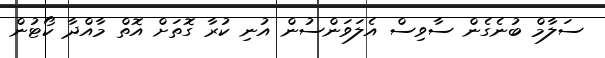
ސަލާމް ބުނެގެން ސާވިސް އެލަވަންސުން އުނި ކުރާ ގޮތަށް އޮތް މާއްދާ ކޯޓުން